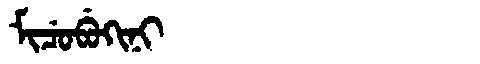
Manchu: ᠮᡳᠴᡠᠪᡠᡴᡳᠨᡳ
Romanization: MICUBUKINI